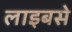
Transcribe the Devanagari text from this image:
लाइबसे